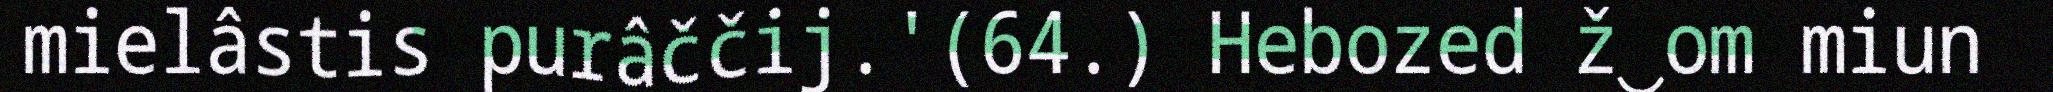
mielâstis purâččij.'(64.) Hebozed ž‿om miun